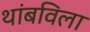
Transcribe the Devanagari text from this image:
थांबविला